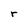
Character: r